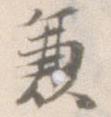
兼